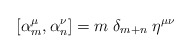
\begin{align*}[\alpha_m^{\mu},\alpha_n^{\nu}]=m\; \delta_{m+n}\;\eta^{\mu \nu}\end{align*}